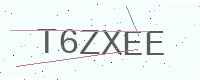
Text: T6ZXEE